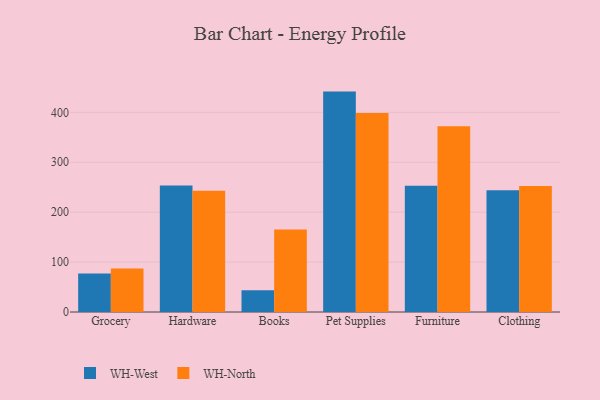
{"axis": {"x": "Category", "y": "Energy Usage (MWh)"}, "legend": ["WH-North", "WH-West"], "data": [{"x": "Grocery", "y": 77.2, "type": "WH-West"}, {"x": "Grocery", "y": 87.1, "type": "WH-North"}, {"x": "Hardware", "y": 253.5, "type": "WH-West"}, {"x": "Hardware", "y": 242.9, "type": "WH-North"}, {"x": "Books", "y": 43.7, "type": "WH-West"}, {"x": "Books", "y": 165.5, "type": "WH-North"}, {"x": "Pet Supplies", "y": 441.6, "type": "WH-West"}, {"x": "Pet Supplies", "y": 398.9, "type": "WH-North"}, {"x": "Furniture", "y": 253.2, "type": "WH-West"}, {"x": "Furniture", "y": 372.4, "type": "WH-North"}, {"x": "Clothing", "y": 244.0, "type": "WH-West"}, {"x": "Clothing", "y": 252.5, "type": "WH-North"}]}